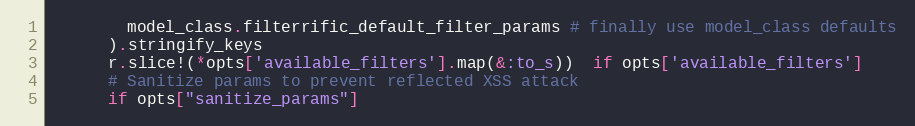
Language: Ruby
        model_class.filterrific_default_filter_params # finally use model_class defaults
      ).stringify_keys
      r.slice!(*opts['available_filters'].map(&:to_s))  if opts['available_filters']
      # Sanitize params to prevent reflected XSS attack
      if opts["sanitize_params"]